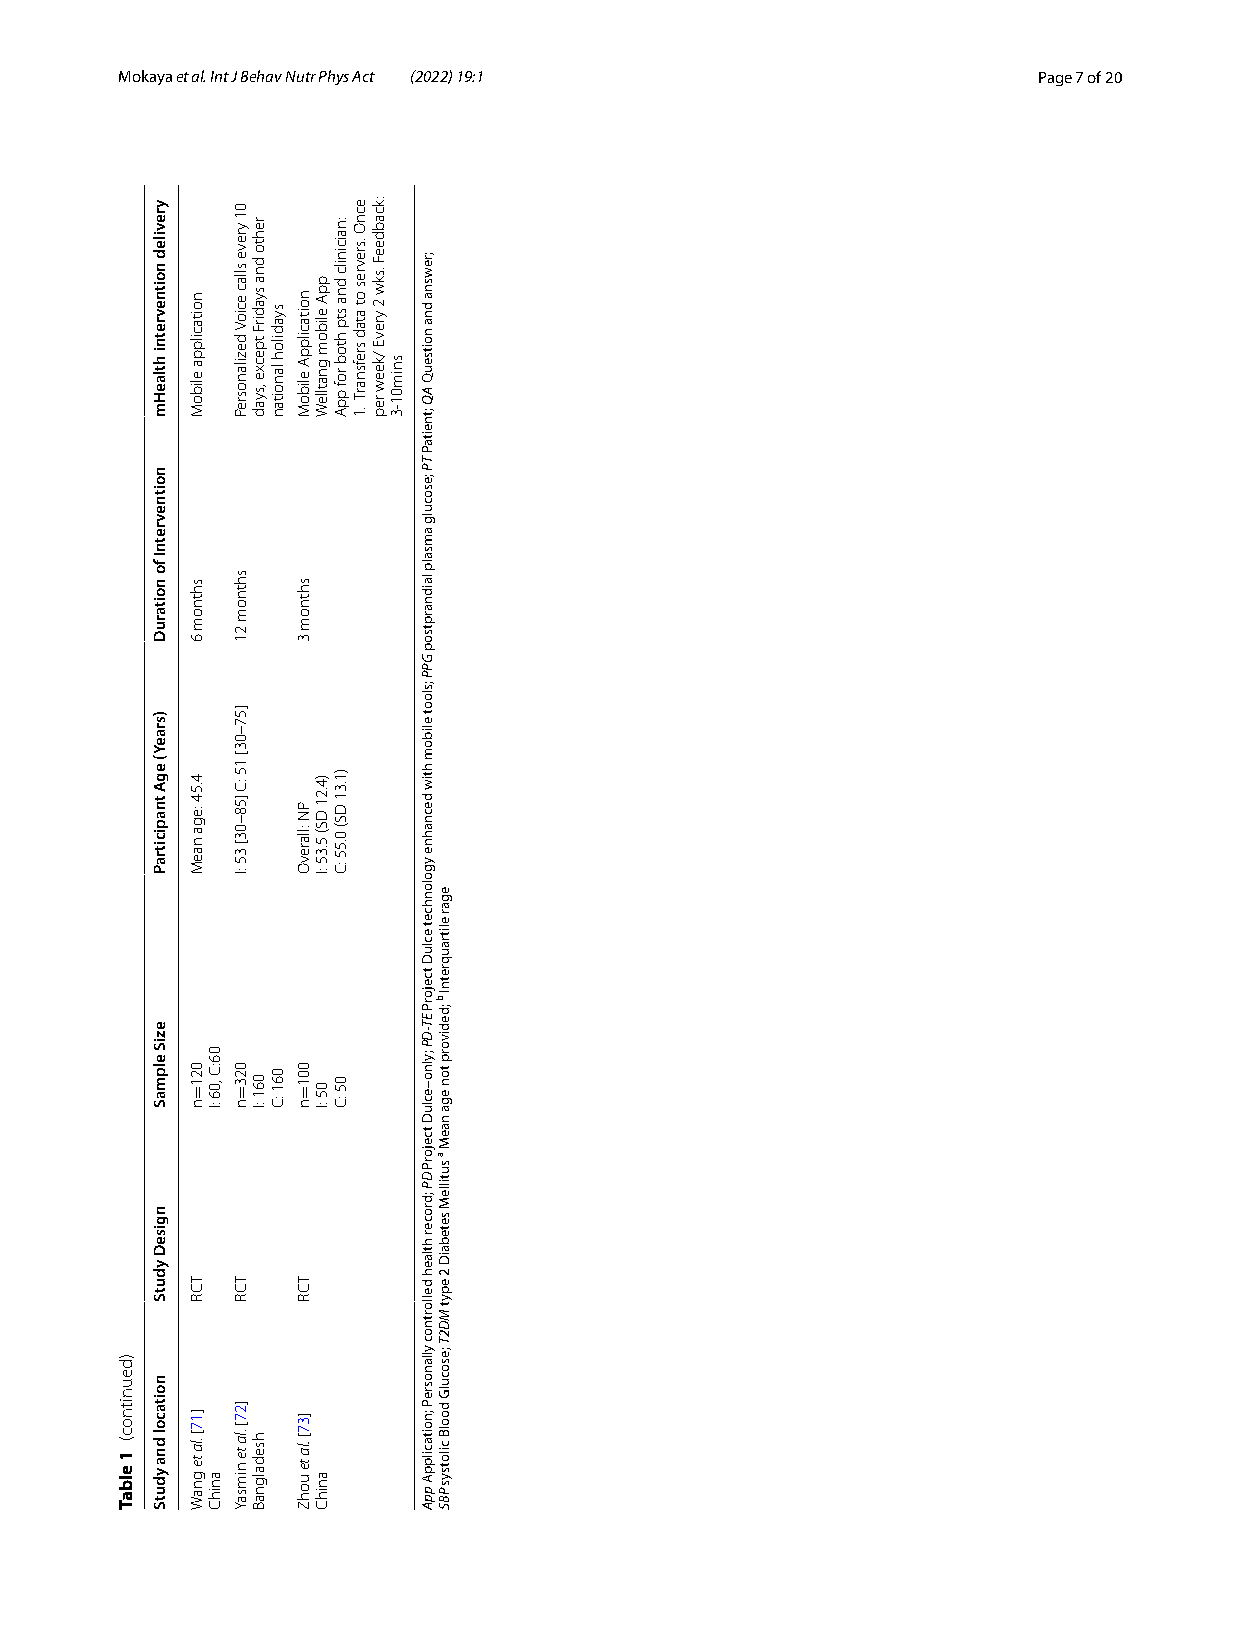
M okaya et al. Int J Behav Nutr Phys Act (2022) 19:1         Page 7 of 20
 )deunitnoc(
 1 elbaT
 yreviled
 noitnevretni
 htlaeHm
 noitnevretnI
 fo
 noitaruD
 )sraeY(
 egA
 tnapicitraP
 eziS
 elpmaS
 ngiseD
 ydutS
 noitacol
 dna ydutS
 noitacilppa
 eliboM
 shtnom
 6
 4.54
 :ega
 naeM
 021 n
 TCR
 ]17[
 .la te gnaW
 =
 06:C
 ,06 :I
 anihC
 01
 yreve
 sllac
 ecioV
 dezilanosreP
 shtnom
 21
 ]57–03[
 15 :C
 ]58–03[
 35
 :I
 023 n
 TCR
 ]27[
 .la te nimsaY
 =
 rehto
 dna
 syadirF
 tpecxe
 ,syad
 061 :I
 hsedalgnaB
 syadiloh
 lanoitan
 061 :C
 noitacilppA
 eliboM
 shtnom
 3
 PN
 :llarevO
 001 n
 TCR
 ]37[
 .la te uohZ
 =
 ppA
 elibom
 gnatlleW
 )4.21
 DS(
 5.35
 :I
 05 :I
 anihC
 :naicinilc
 dna
 stp
 htob
 rof
 ppA
 )1.31
 DS(
 0.55
 :C
 05 :C
 ecnO
 .srevres
 ot atad
 srefsnarT
 .1
 :kcabdeeF
 .skw
 2 yrevE
 /keew
 rep
 snim01-3
 ;rewsna
 dna
 noitseuQ
 AQ
 ;tneitaP
 TP
 ;esoculg
 amsalp
 laidnarptsop
 GPP
 ;sloot
 elibom
 htiw
 decnahne
 ygolonhcet
 ecluD
 tcejorP
 ET-DP
 ;ylno–ecluD
 tcejorP
 DP
 ;drocer
 htlaeh
 dellortnoc
 yllanosreP
 ;noitacilppA
 ppA
 egar
 elitrauqretnI
 b
 ;dedivorp
 ton ega
 naeM
 a
 sutilleM
 setebaiD
 2
 epyt
 MD2T
 ;esoculG
 doolB
 cilotsys
 PBS